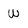
Character: W